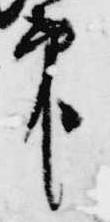
印